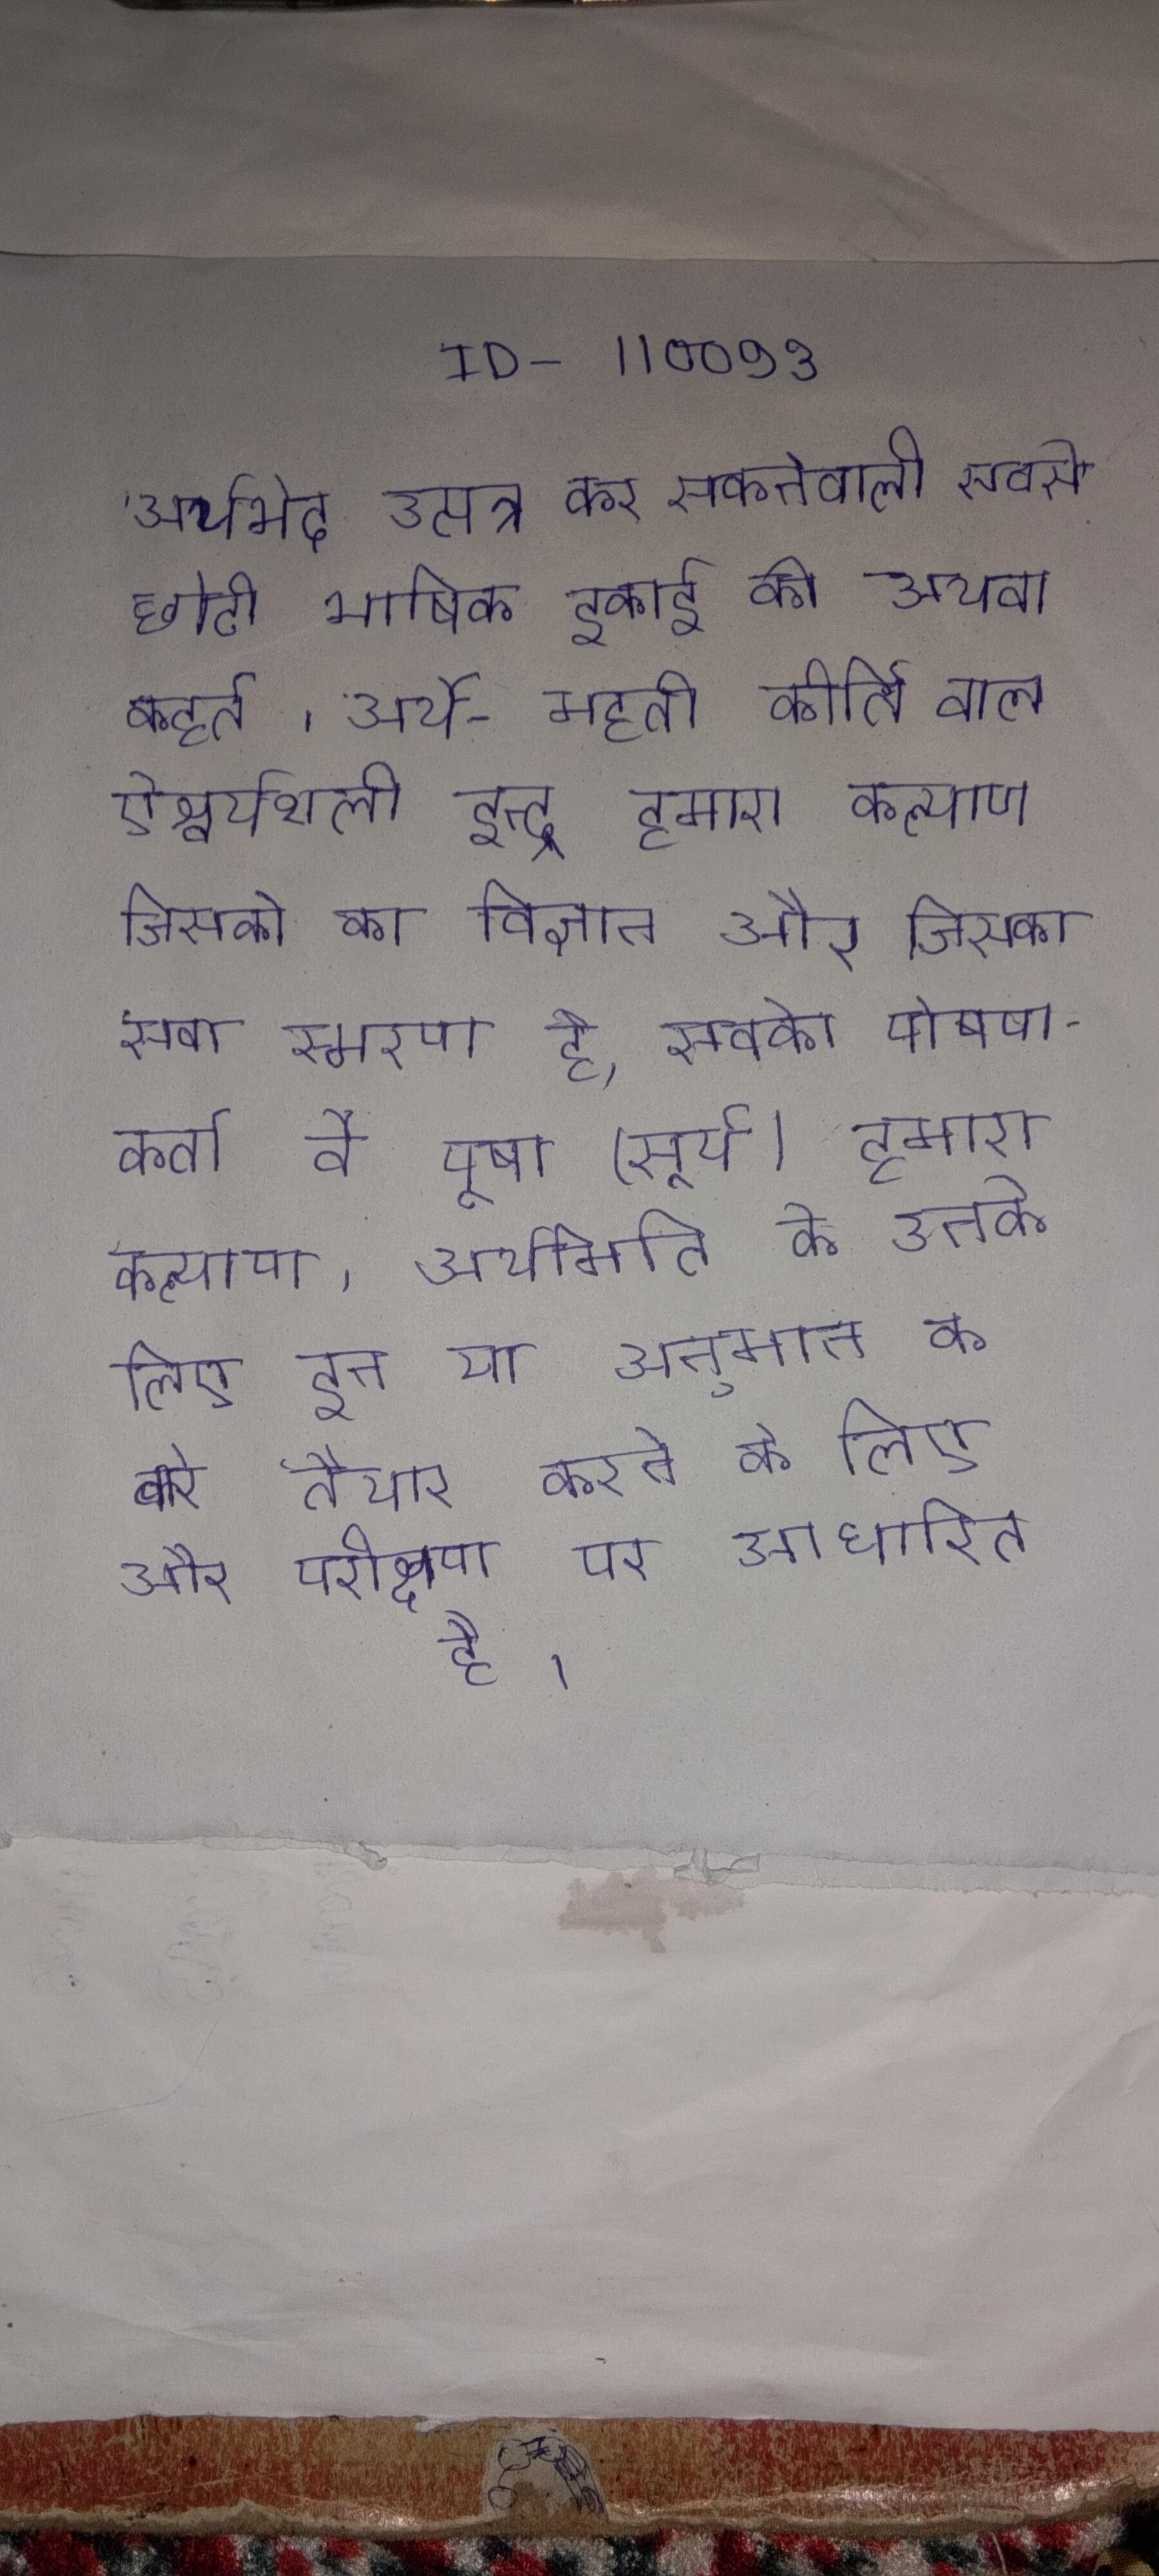
अर्थभेद उत्पन्न कर सकनेवाली सबसे छोटी भाषिक इकाई को अथवा कहते । अर्थ - महती कीर्ति वाले ऐश्वर्यशाली इन्द्र हमारा कल्याण जिसको का विज्ञान और जिसका सब स्मरण है, सबके पोषणकर्ता वे पूषा (सूर्य) हमारा कल्याण । अर्थमिति के उनके लिए इन या अनुमान के बारे तैयार करने के लिए और परीक्षण पर आधारित है ।